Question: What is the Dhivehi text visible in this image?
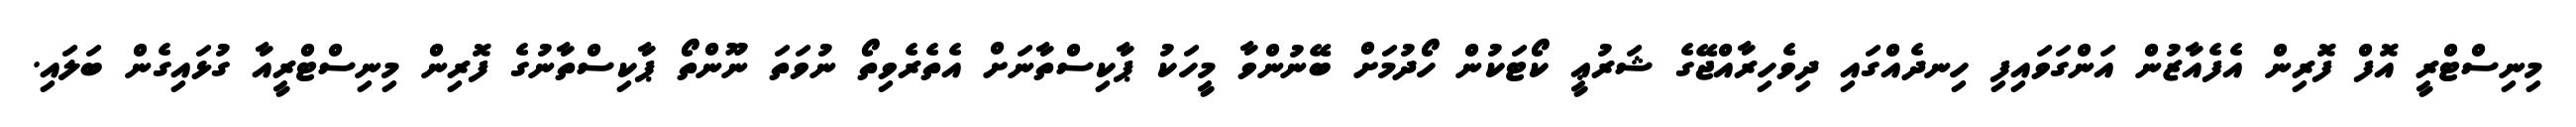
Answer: މިނިސްޓްރީ އޮފް ފޮރިން އެފެއާޒުން އަންގަވައިފި ހިނދެއްގައި ދިވެހިރާއްޖޭގެ ޝަރުޢީ ކޯޓަކުން ހޯދުމަށް ބޭނުންވާ މީހަކު ޕާކިސްތާނަށް އެތެރެވިތޯ ނުވަތަ ނޫންތޯ ޕާކިސްތާނުގެ ފޮރިން މިނިސްޓްރީއާ ގުޅައިގެން ބަލައި.